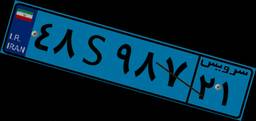
۴۸S۹۸۷۲۱